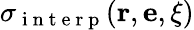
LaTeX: \sigma_{\mathrm{~i~n~t~e~r~p~}}(\mathbf{r},\mathbf{e},\mathbf{\xi})